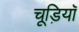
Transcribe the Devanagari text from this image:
चूड़ियॉ